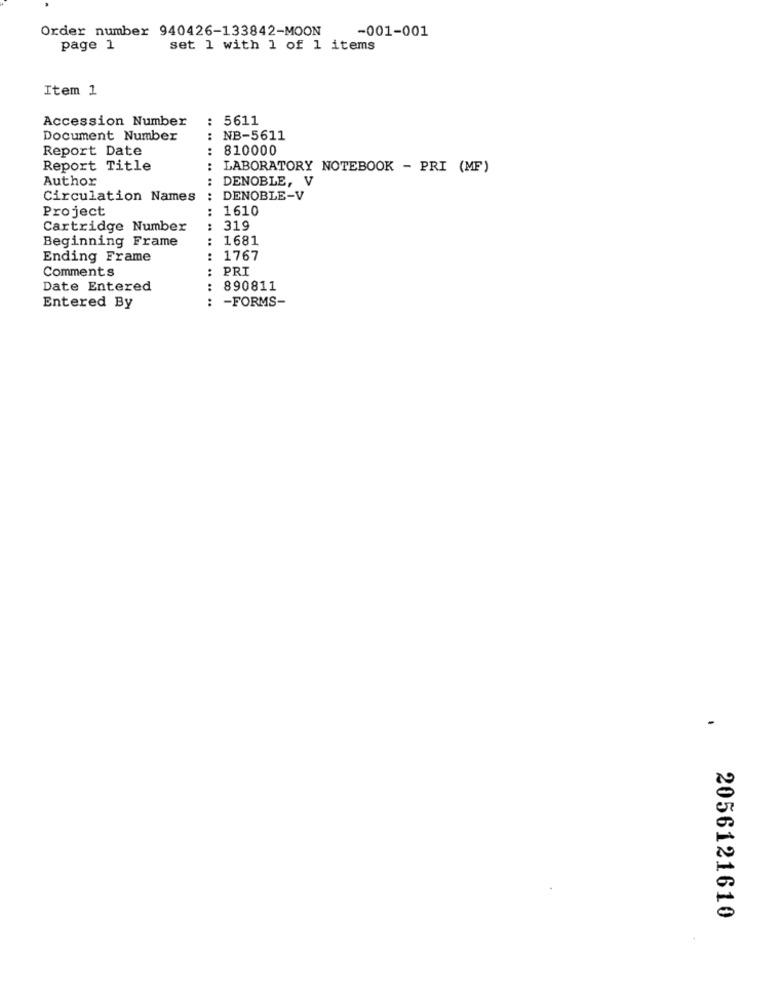
Order number 940426-133842-MOON
-001-001
page 1
set 1 with 1 of 1 items
Item 1
Accession Number
: 5611
Document Number
NB-5611
Report Date
.. ..
810000
Report Title
: LABORATORY NOTEBOOK - PRI (MF)
Author
: DENOBLE, V
Circulation Names
:DENOBLE-V
Project
1610
.. ..
Cartridge Number
:
319
Beginning Frame
1681
Ending Frame
1767
Comments
PRI
.. ..
Date Entered
..
890811
:
-FORMS-
Entered By
-
2056121610